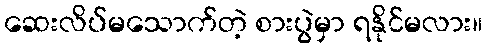
ဆေးလိပ်မသောက်တဲ့ စားပွဲမှာ ရနိုင်မလား။